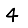
Digit: 4